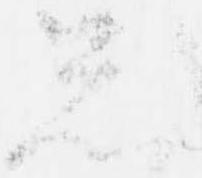
忩